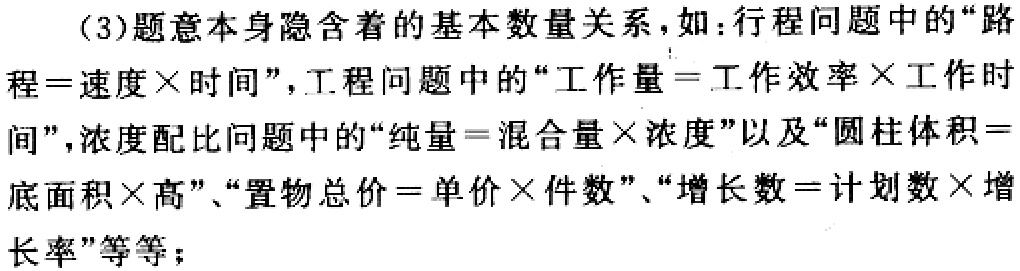
（3）题意本身隐含着的基本数量关系，如：行程问题中的“路程=速度×时间”，工程问题中的“工作量=工作效率×工作时间”，浓度配比问题中的“纯量=混合量×浓度”以及“圆柱体积=底面积×高”、“置物总价=单价×件数”、“增长数=计划数×增长率”等等；